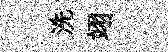
洗翊